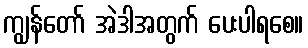
ကျွန်တော် အဲဒါအတွက် ပေးပါရစေ။